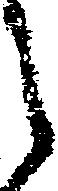
之